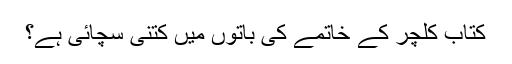
کتاب کلچر کے خاتمے کی باتوں میں کتنی سچائی ہے؟